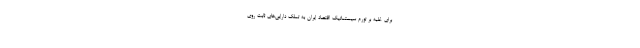
برای غلبه بر تورم سیستماتیک اقتصاد ایران به تملک دارایی‌های ثابت روی